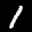
Label: 1